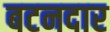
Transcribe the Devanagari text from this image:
बटनदार